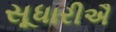
સૂધારીઐ